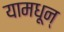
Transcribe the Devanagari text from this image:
यामधून्